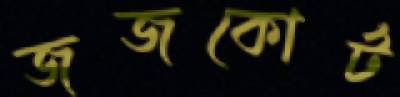
জজকোর্ট